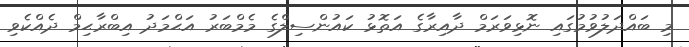
މި ބައްދަލުވުމުގައި ނޮޅިވަރަމް ދާއިރާގެ އަތޮޅު ކައުންސިލްގެ މެމްބަރު އަޙްމަދު އިބްރާޙިމް ދެއްކެވި